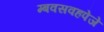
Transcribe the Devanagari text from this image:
म्बवसवहपेजे